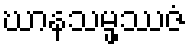
ဃာနသမ္ဖဿဇံ